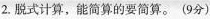
2.脱式计算，能简算的要简算。(9分)